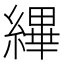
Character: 縪